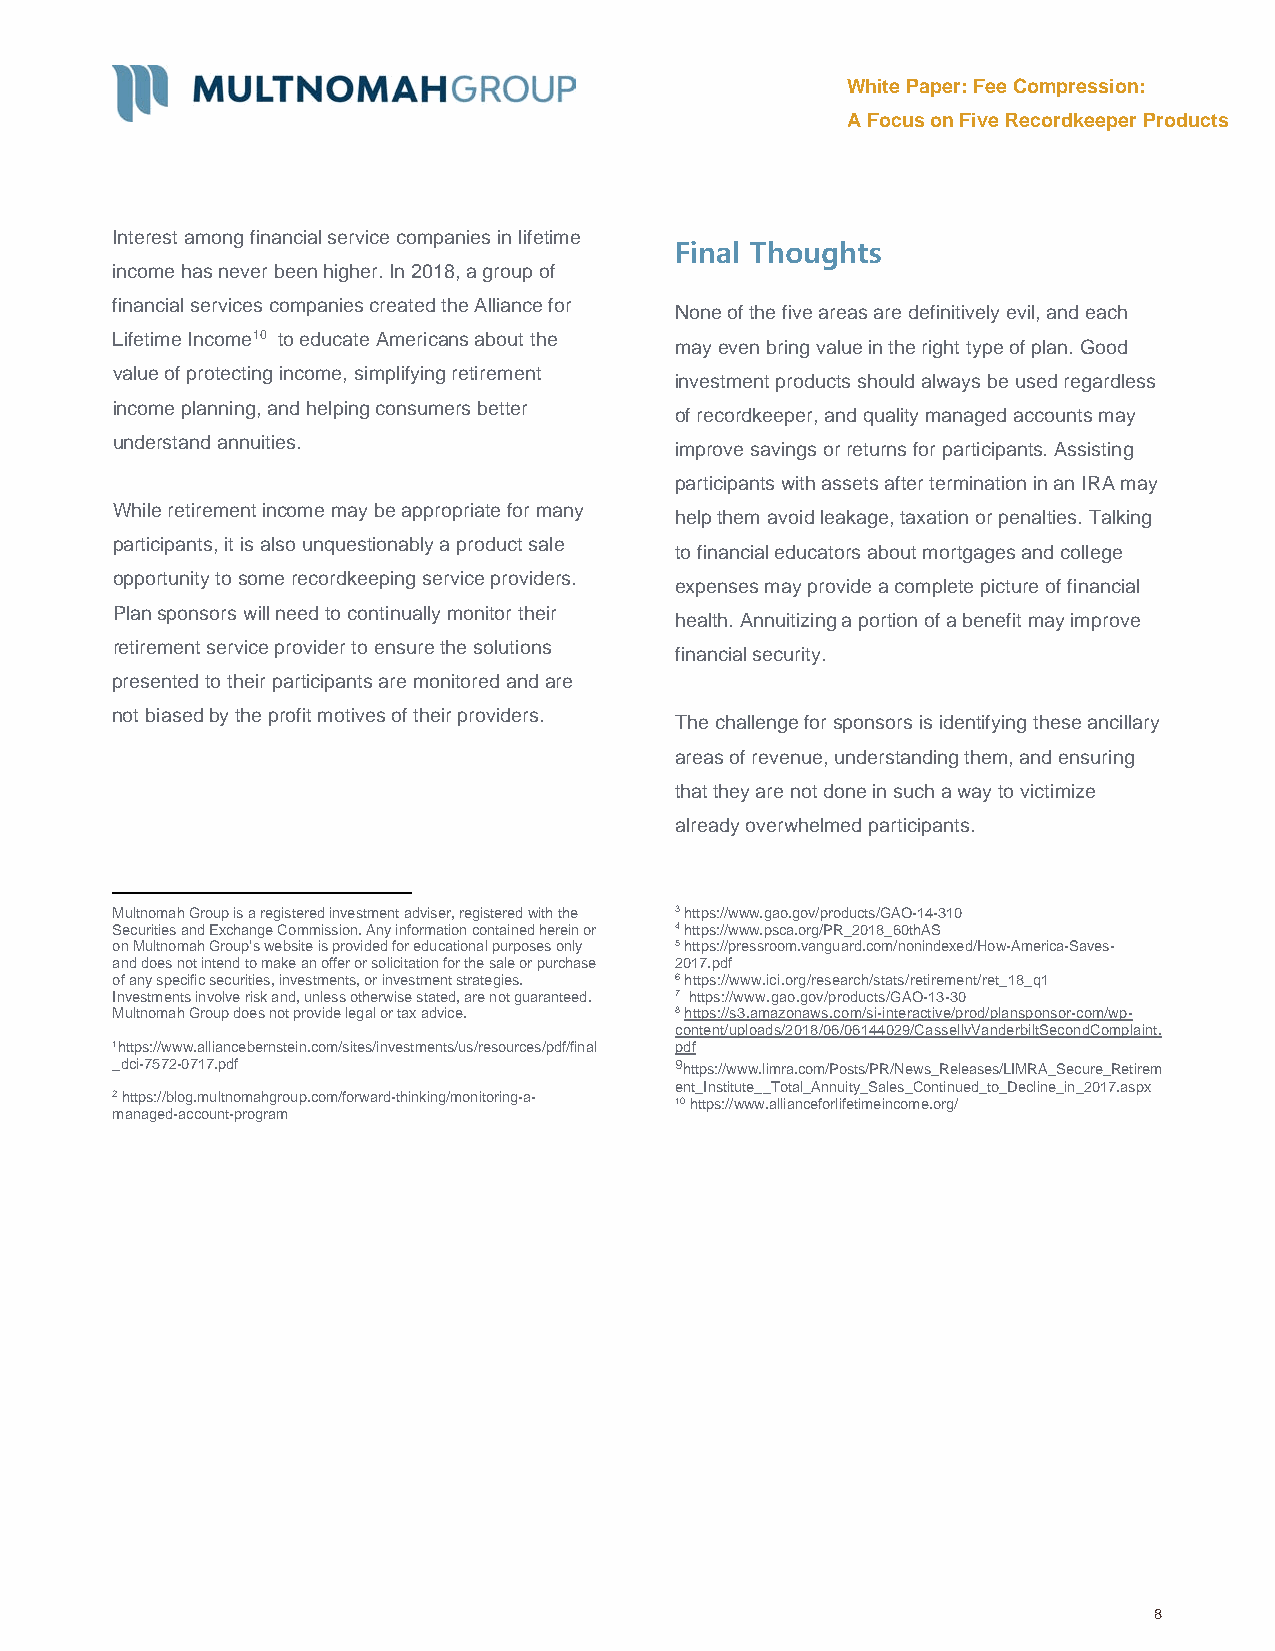
White Paper: Fee Compression:
 A Focus on Five Recordkeeper Products
 Interest among financial service companies in lifetime
 Final Thoughts
 income has never been higher. In 2018, a group of
 financial services companies created the Alliance for
 None of the five areas are definitively evil, and each
 Lifetime Income10 to educate Americans about the
 may even bring value in the right type of plan. Good
 value of protecting income, simplifying retirement
 investment products should always be used regardless
 income planning, and helping consumers better
 of recordkeeper, and quality managed accounts may
 understand annuities.
 improve savings or returns for participants. Assisting
 participants with assets after termination in an IRA may
 While retirement income may be appropriate for many
 help them avoid leakage, taxation or penalties. Talking
 participants, it is also unquestionably a product sale
 to financial educators about mortgages and college
 opportunity to some recordkeeping service providers.
 expenses may provide a complete picture of financial
 Plan sponsors will need to continually monitor their
 health. Annuitizing a portion of a benefit may improve
 retirement service provider to ensure the solutions
 financial security.
 presented to their participants are monitored and are
 not biased by the profit motives of their providers.
 The challenge for sponsors is identifying these ancillary
 areas of revenue, understanding them, and ensuring
 that they are not done in such a way to victimize
 already overwhelmed participants.
 Multnomah Group is a registered investment adviser, registered with the 3 https://www.gao.gov/products/GAO-14-310
 Securities and Exchange Commission. Any information contained herein or 4 https://www.psca.org/PR_2018_60thAS
 on Multnomah Group’s website is provided for educational purposes only 5 https://pressroom.vanguard.com/nonindexed/How-America-Saves-
 and does not intend to make an offer or solicitation for the sale or purchase 2017.pdf
 of any specific securities, investments, or investment strategies. 6 https://www.ici.org/research/stats/retirement/ret_18_q1
 Investments involve risk and, unless otherwise stated, are not guaranteed. 7 https://www.gao.gov/products/GAO-13-30
 Multnomah Group does not provide legal or tax advice. 8 https://s3.amazonaws.com/si-interactive/prod/plansponsor-com/wp-
 content/uploads/2018/06/06144029/CassellvVanderbiltSecondComplaint.
 1https://www.alliancebernstein.com/sites/investments/us/resources/pdf/final pdf
 _dci-7572-0717.pdf                    9https://www.limra.com/Posts/PR/News_Releases/LIMRA_Secure_Retirem
 ent_Institute__Total_Annuity_Sales_Continued_to_Decline_in_2017.aspx
 2 https://blog.multnomahgroup.com/forward-thinking/monitoring-a- 10 https://www.allianceforlifetimeincome.org/
 managed-account-program
 8